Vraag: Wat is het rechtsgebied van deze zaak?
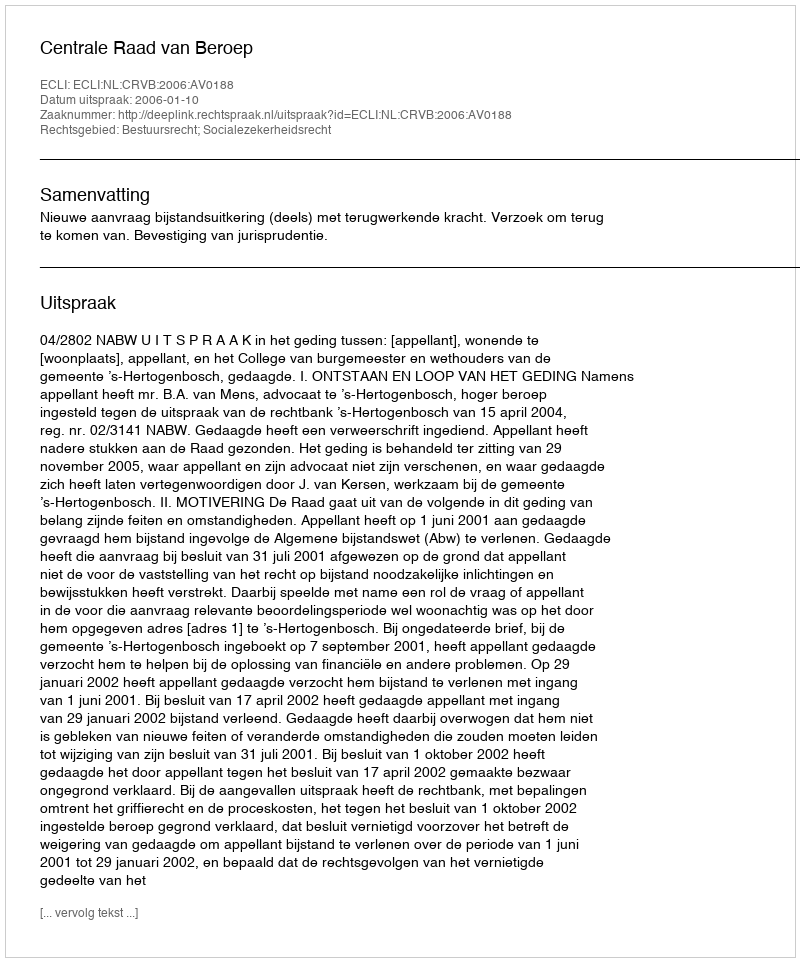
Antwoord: Bestuursrecht; Socialezekerheidsrecht